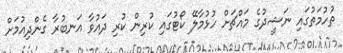
ތުހުމަތުގައި ނަޝީދުގެ މައްޗަށް ހުޅުމާލޭ ކޯޓުގައި ކުރިން ކުރި ދައުވާ އަނބުރާ ގެންދިއުމަށް